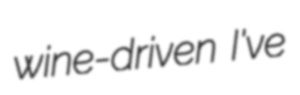
wine-driven I've